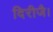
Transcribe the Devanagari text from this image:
दिरीजै।